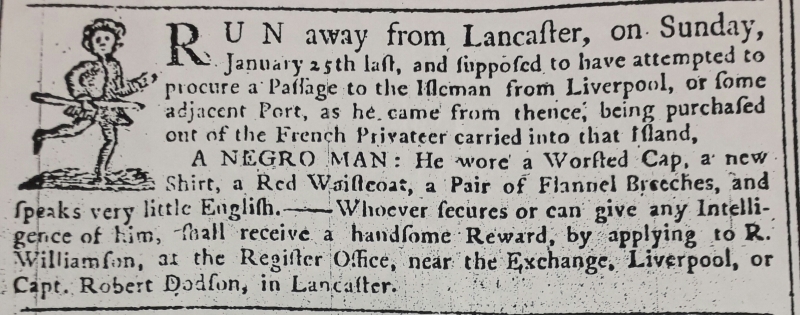
Williamson’s Liverpool Advertiser, and Mercantile Chronicle, 30 January 1761 (England)
RUN away from Lancaster, on Sunday,January 25th last, and supposed to have attempted to procure a Passage to the Isleman from Liverpool, or some adjacent Port, as he came from thence, being purchased out of the French Privateer carried into that Island, A NEGRO MAN: He wore a Worsted Cap, a new Shirt, a Red Waistcoat, a Pair of Flannel Breeches, and speaks very little English. – Whoever secures or can give any Intelligence of him, shall receive a handsome Reward, by applying to R. Williamson, at the Register Office, near the Exchange, Liverpool, or Capt. Robert Dodson, in Lancaster.